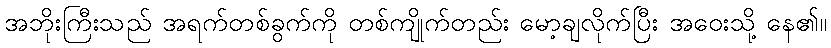
အဘိုးကြီးသည် အရက်တစ်ခွက်ကို တစ်ကျိုက်တည်း မော့ချလိုက်ပြီး အဝေးသို့ နေ၏။